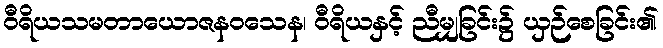
ဝီရိယသမတာယောဇနဝသေန၊ ဝီရိယနှင့် ညီမျှခြင်း၌ ယှဉ်စေခြင်း၏